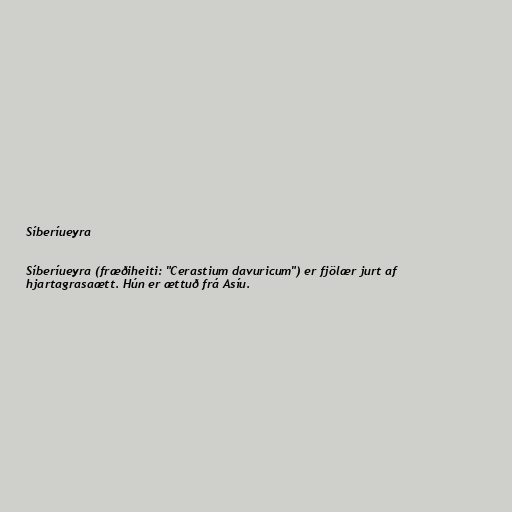
Síberíueyra

Síberíueyra (fræðiheiti: "Cerastium davuricum") er fjölær jurt af
hjartagrasaætt. Hún er ættuð frá Asíu.